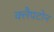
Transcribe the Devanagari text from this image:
क्लैपटोन